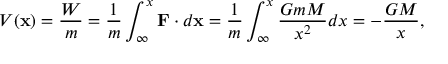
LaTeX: V ( \mathbf { x } ) = { \frac { W } { m } } = { \frac { 1 } { m } } \int _ { \infty } ^ { x } \mathbf { F } \cdot d \mathbf { x } = { \frac { 1 } { m } } \int _ { \infty } ^ { x } { \frac { G m M } { x ^ { 2 } } } d x = - { \frac { G M } { x } } ,